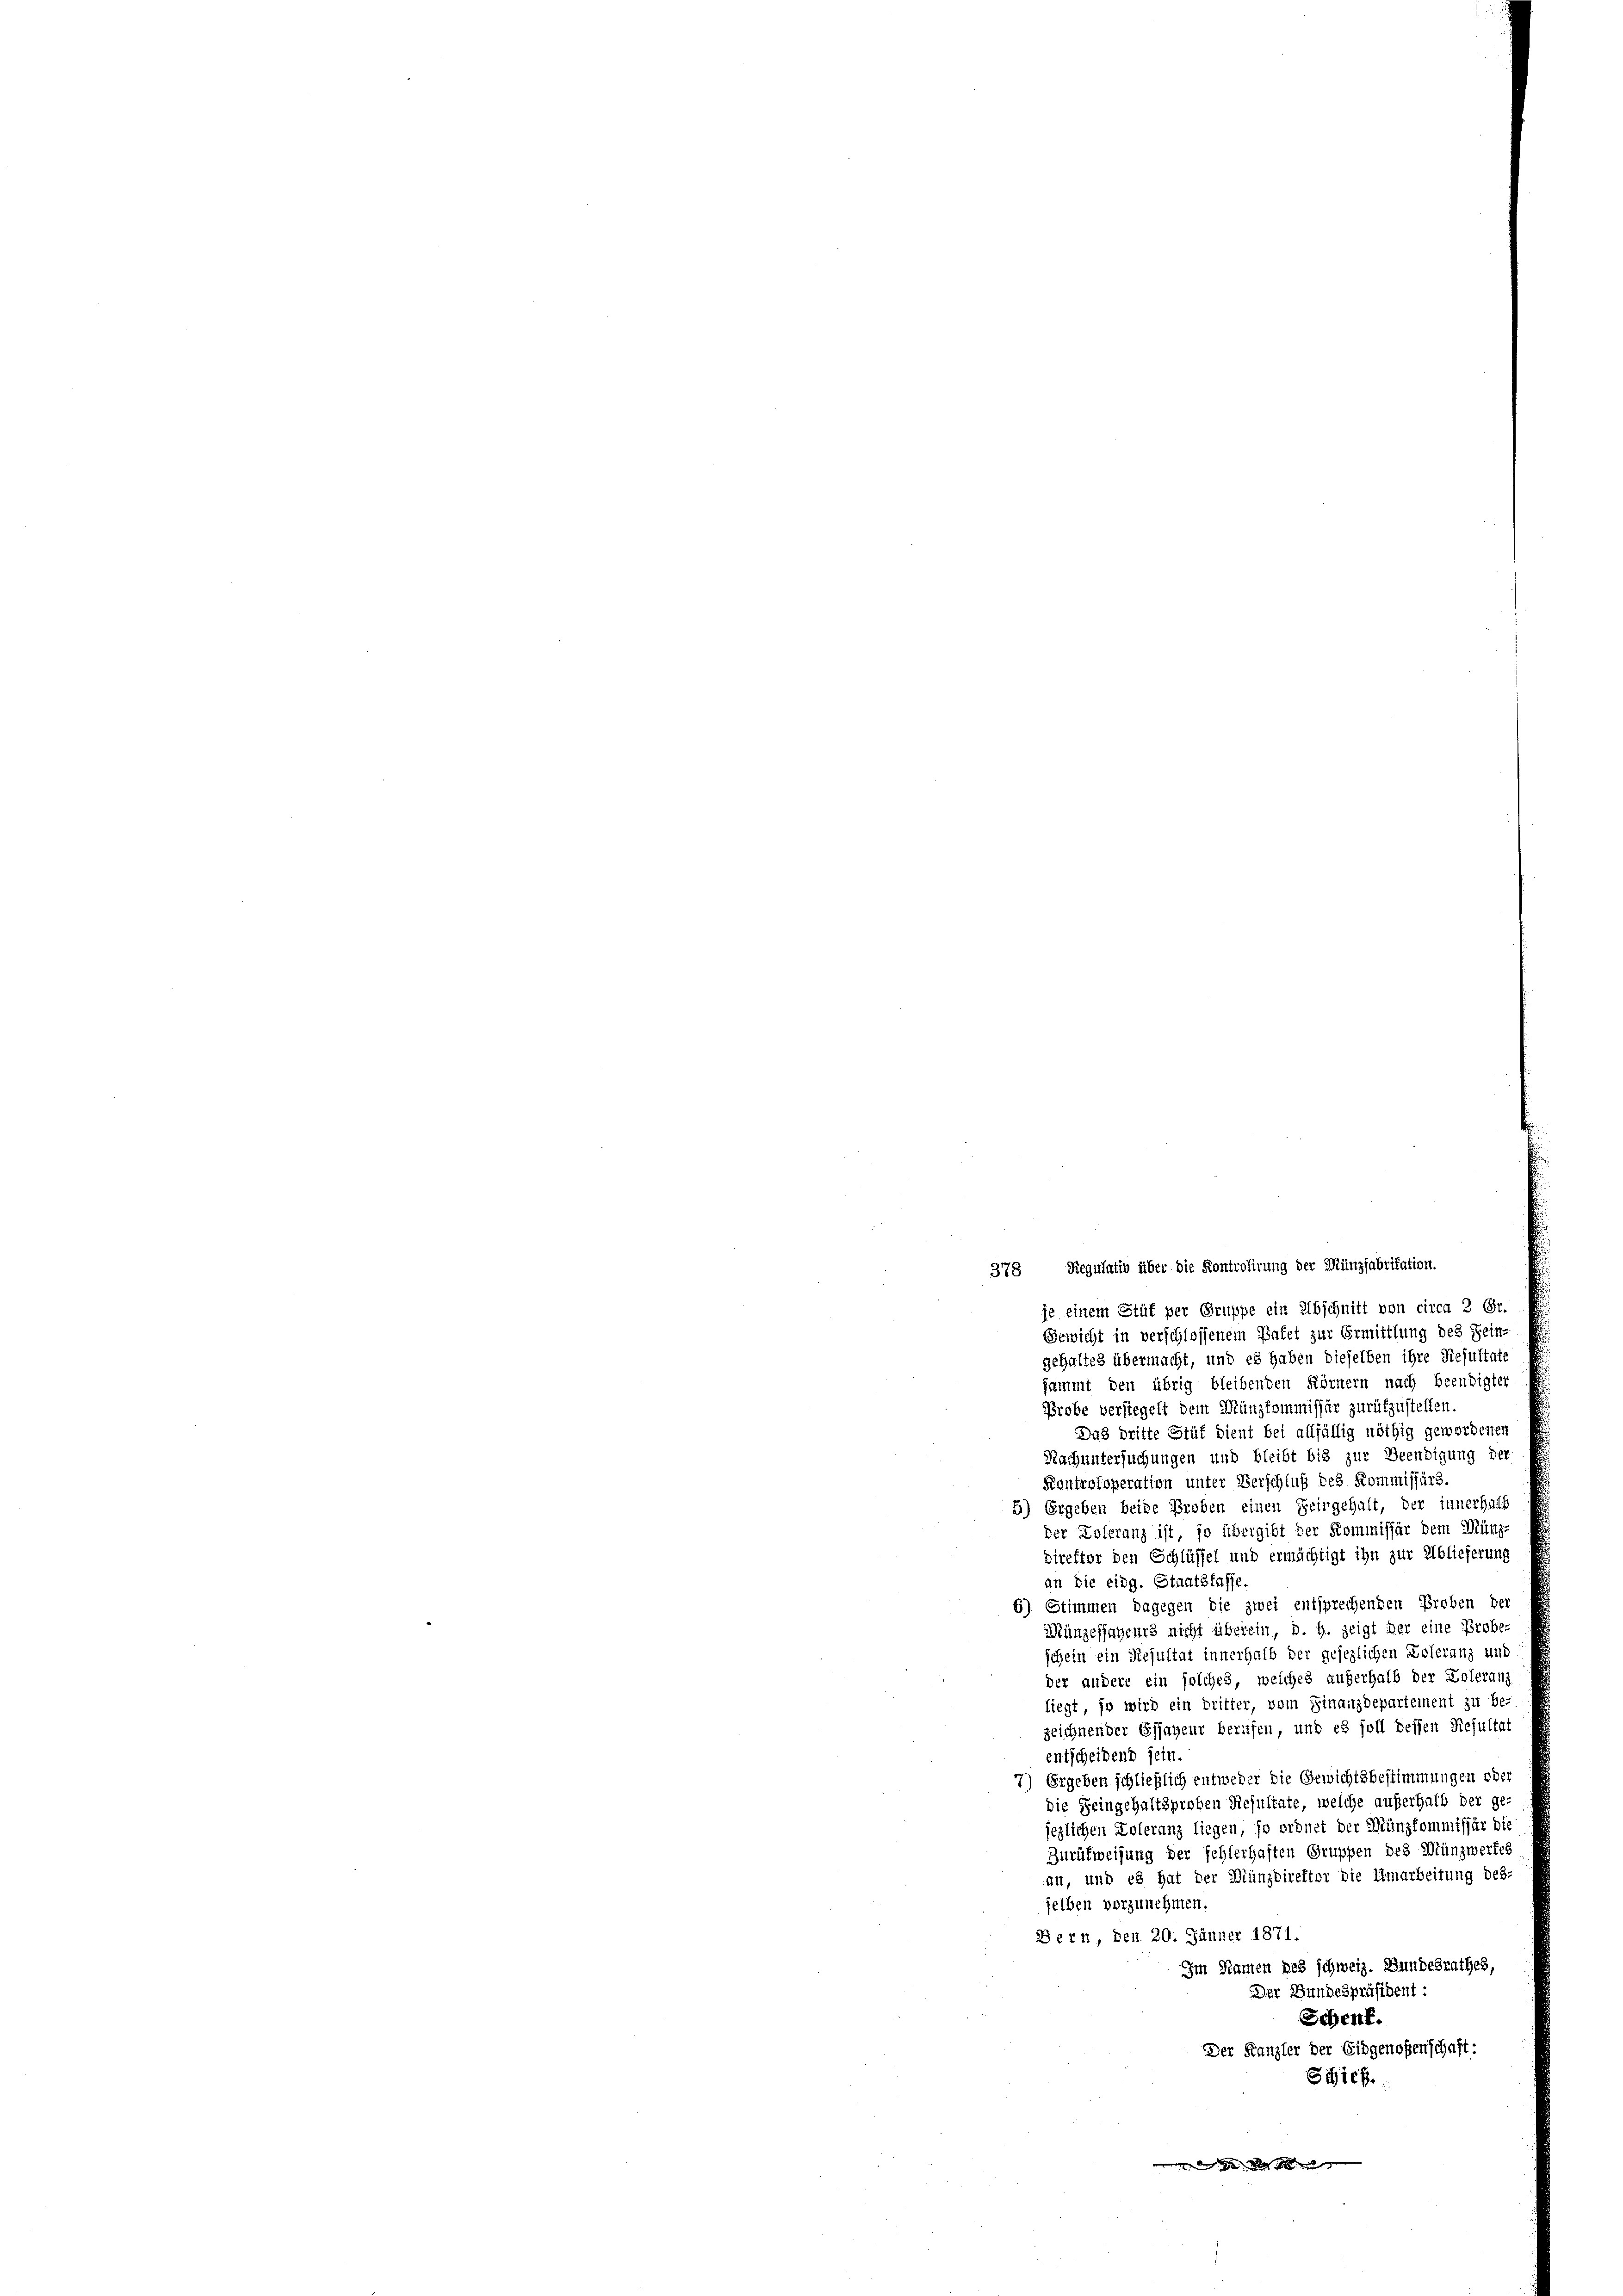
378. Regulativ über die Kontrolirung der Münzfabritation.
je einem Stüt per Gruppe ein Abschnitt von circa 2 Gr.
Gewicht in verschlossenem Patet zur Ermittlung des Sein-
gehaltes übermacht, und es haben dieselben ihre Resultate
sammt den übrig bleibenden Körnern nach Beendigter
Probe verstegelt dem Münzkommissär zurükzustellen.
Das dritte Stüf dient bei allfällig nöthig gewordenen
Nach untersuchungen und bleibt bis zur Beendigung der
Kontroloperation unter Verschluß des Kommissärs.
5) Ergeben beide Proben einen Heingehalt, der innerhalb
der Loleranz ist, so übergibt der Kommissär dem Münz-
direktor den Schlüssel und ermächtigt ihn zur Ablieferung
an die eidg. Staatskasse.
6) Stimmen dagegen die zwei entsprechenden Proben der
Münzefjageurs nicht überein, d. h. zeigt der eine Probe-
schein ein Resultat innerhalb der gesezlichen Loleranz und
der andere ein solches, welches außerhalb der Koleranz
liegt, so wird ein Dritter, vom Finanzdepartement zu be-
zeichnender Essayeur berufen, und es soll dessen Resultat
entscheidend sein.
7) Ergeben schließlich entweder die Gewichtsbestimmungen oder
die Seingehaltzproben Resultate, welche außerhalb der ge-
jeglichen Koleranz liegen, so ordnet der Münzkommissär die
Zurükweisung der fehlerhaften Gruppen des Münzwerfes
an, und es hat der Münzdirektor die Umarbeitung des-
selben vorzunehmen.
Bern, den 20. Jänner 1871.
Im Namen des schweiz. Bundesrathes,
Der Bundespräsident:
Schenk.
Der Kanzler der Eidgenoßenschaft:
Schief
 92 de